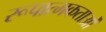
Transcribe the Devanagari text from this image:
रूपात्मकताओं